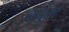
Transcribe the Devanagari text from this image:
थ्यूल